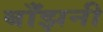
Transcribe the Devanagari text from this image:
बाँझनी